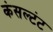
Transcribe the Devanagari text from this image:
कंसल्टंट